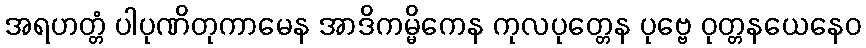
အရဟတ္တံ ပါပုဏိတုကာမေန အာဒိကမ္မိကေန ကုလပုတ္တေန ပုဗ္ဗေ ဝုတ္တနယေနေဝ